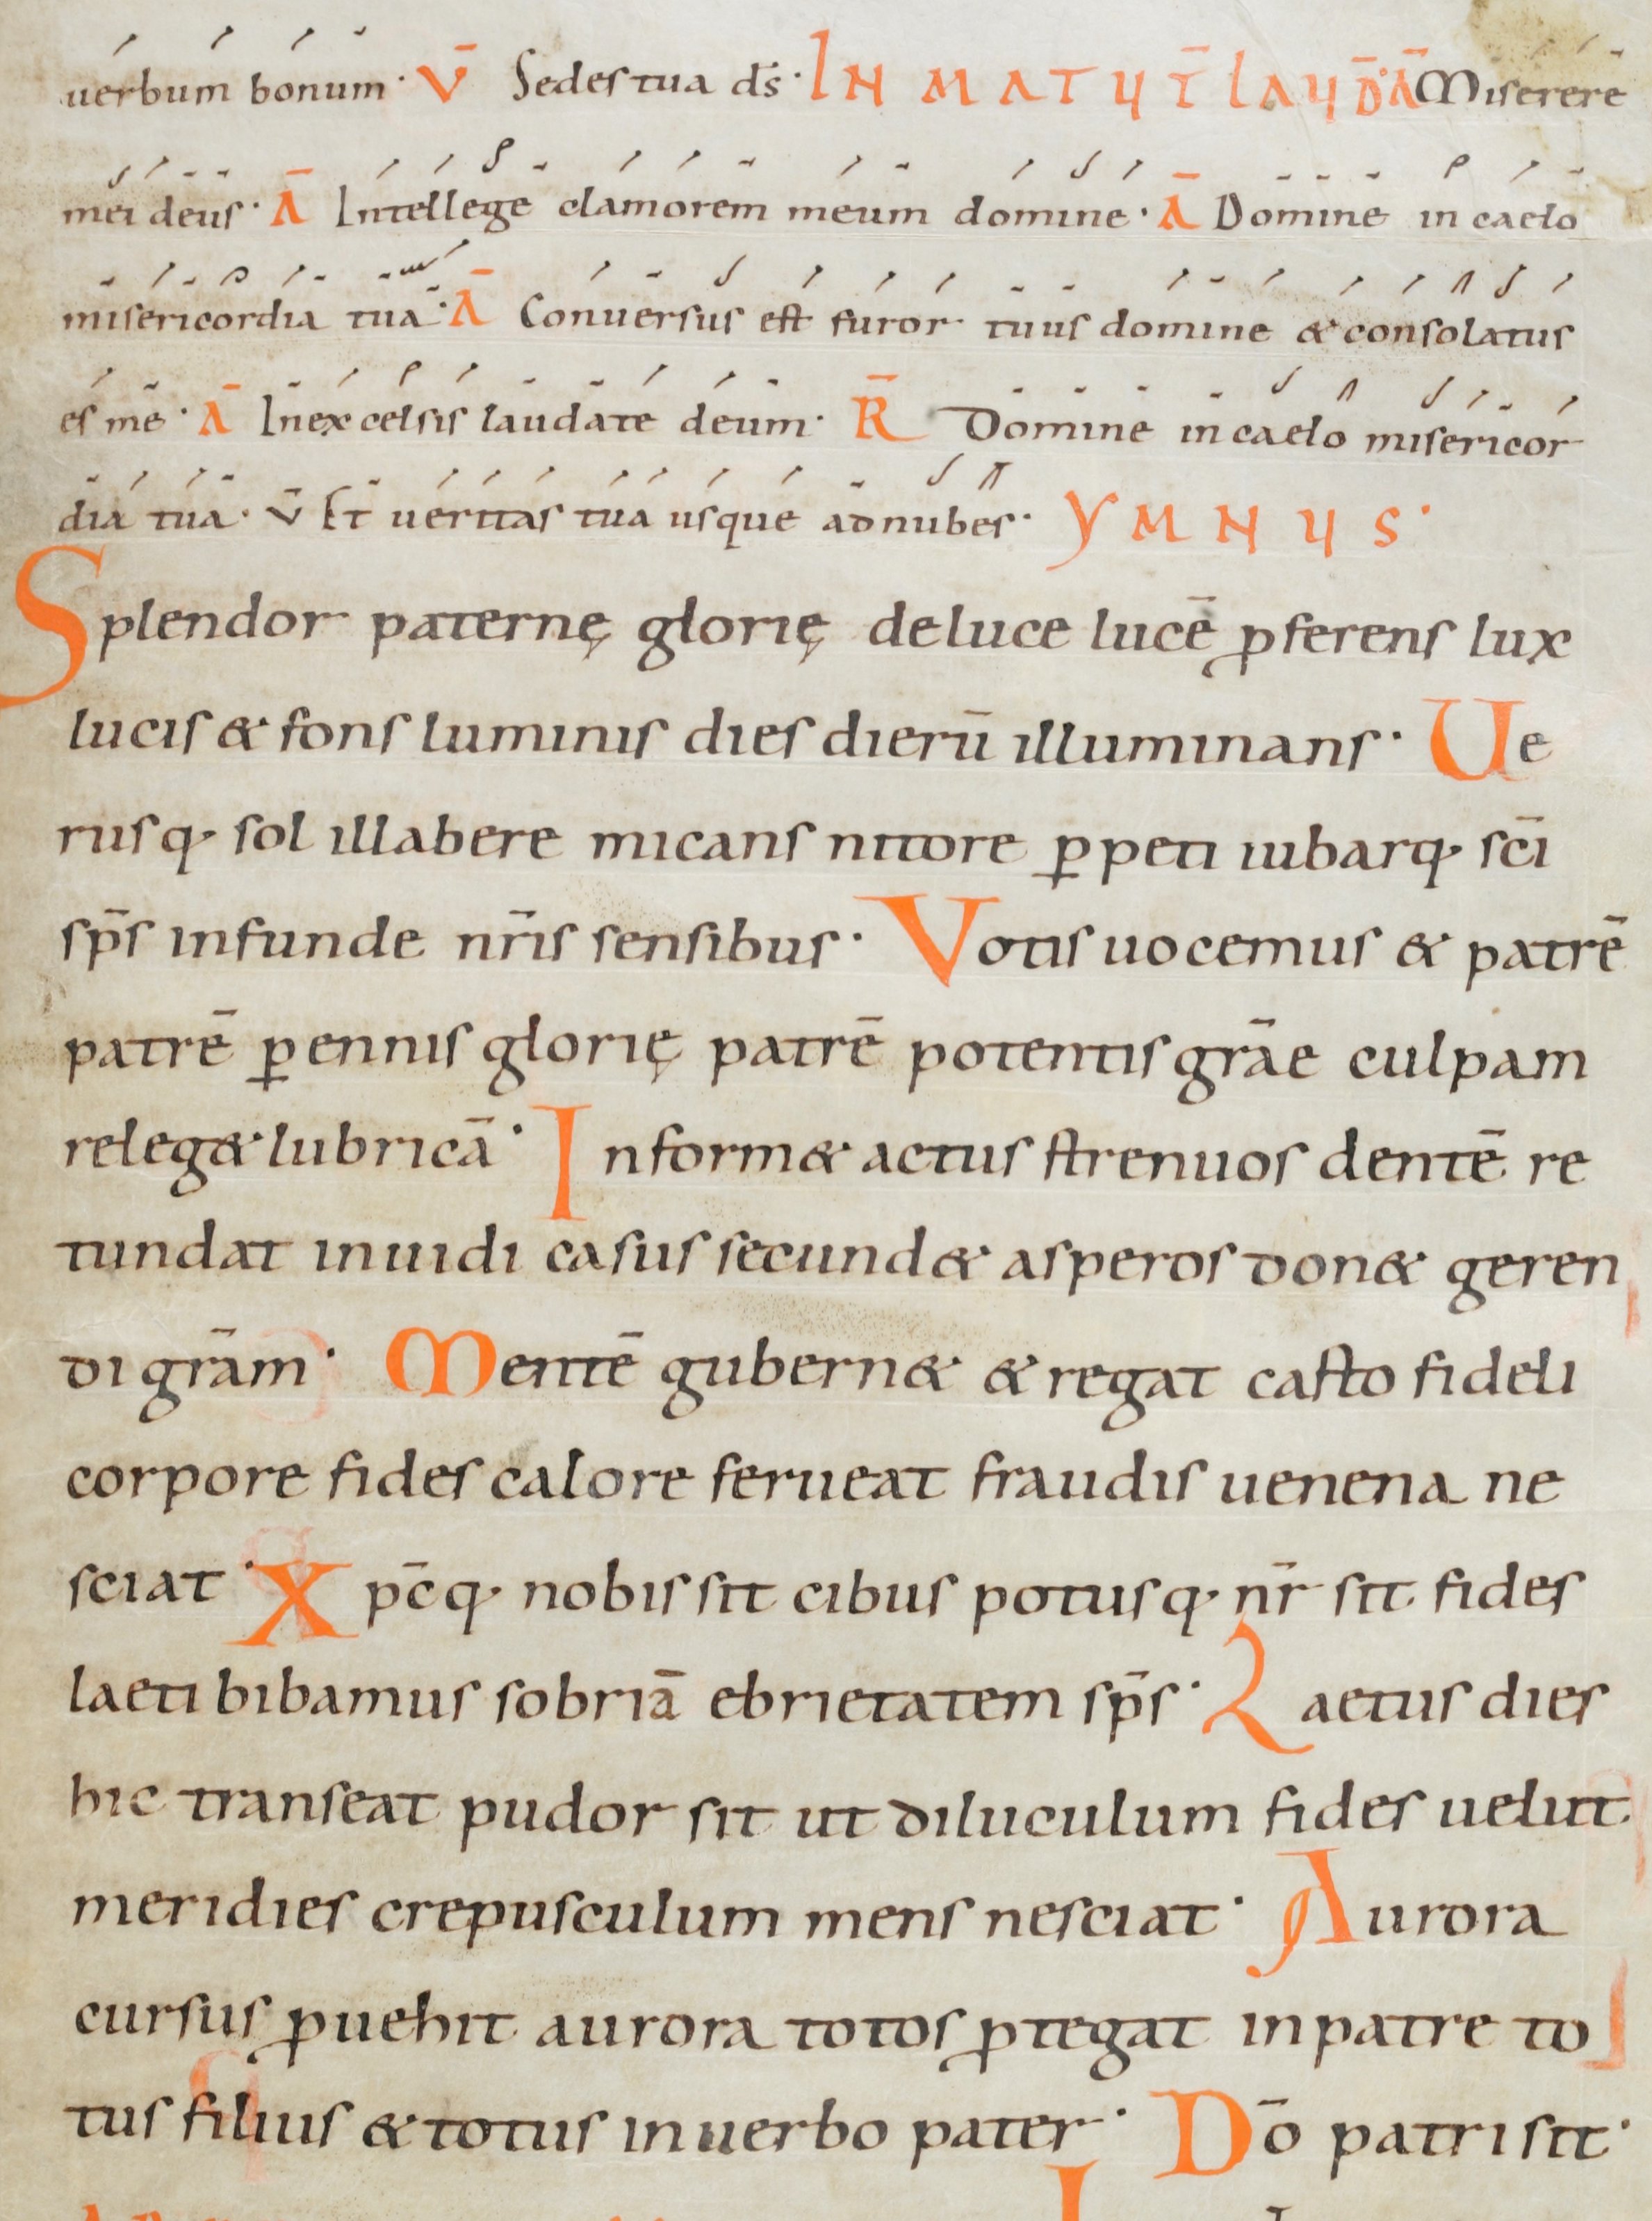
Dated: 1000–1099